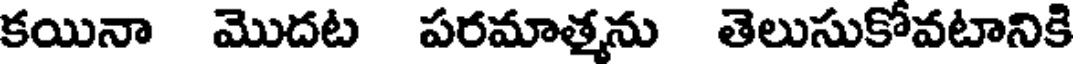
కయినా మొదట పరమాత్మను తెలుసుకోవటానికి